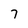
Character: 7